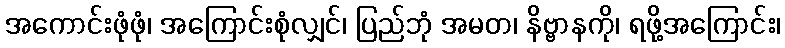
အကောင်းဖုံဖုံ၊ အကြောင်းစုံလျှင်၊ ပြည်ဘုံ အမတ၊ နိဗ္ဗာနကို၊ ရဖို့အကြောင်း၊